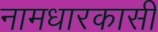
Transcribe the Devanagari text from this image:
नामधारकासी